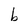
Character: b